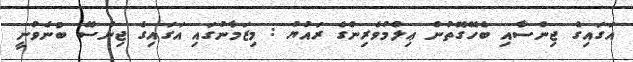
އަގައިގެ ޖިންސާއި ބެހޭގޮތުން ޢިލްމުވެރިންގެ ރައުޔު : މިޒަމާނުގައި އަގައިގެ ޖިންސޭ ބުނެވުނީ